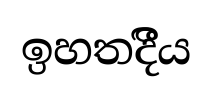
ඉහතදීීය